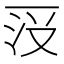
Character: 𱍗